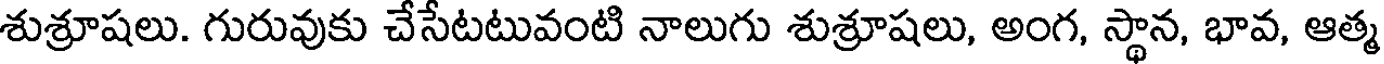
శుశ్రూషలు. గురువుకు చేసేటటువంటి నాలుగు శుశ్రూషలు, అంగ, స్థాన, భావ, ఆత్మ